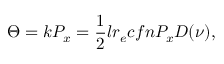
\Theta = k P _ { x } = \frac { 1 } { 2 } l r _ { e } c f n P _ { x } D ( \nu ) ,